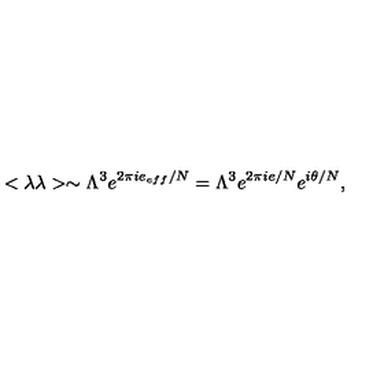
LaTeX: < \lambda \lambda > \sim \Lambda ^ { 3 } e ^ { 2 \pi i e _ { e f f } / N } = \Lambda ^ { 3 } e ^ { 2 \pi i e / N } e ^ { i \theta / N } ,